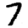
Digit: 7